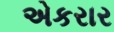
એકરાર